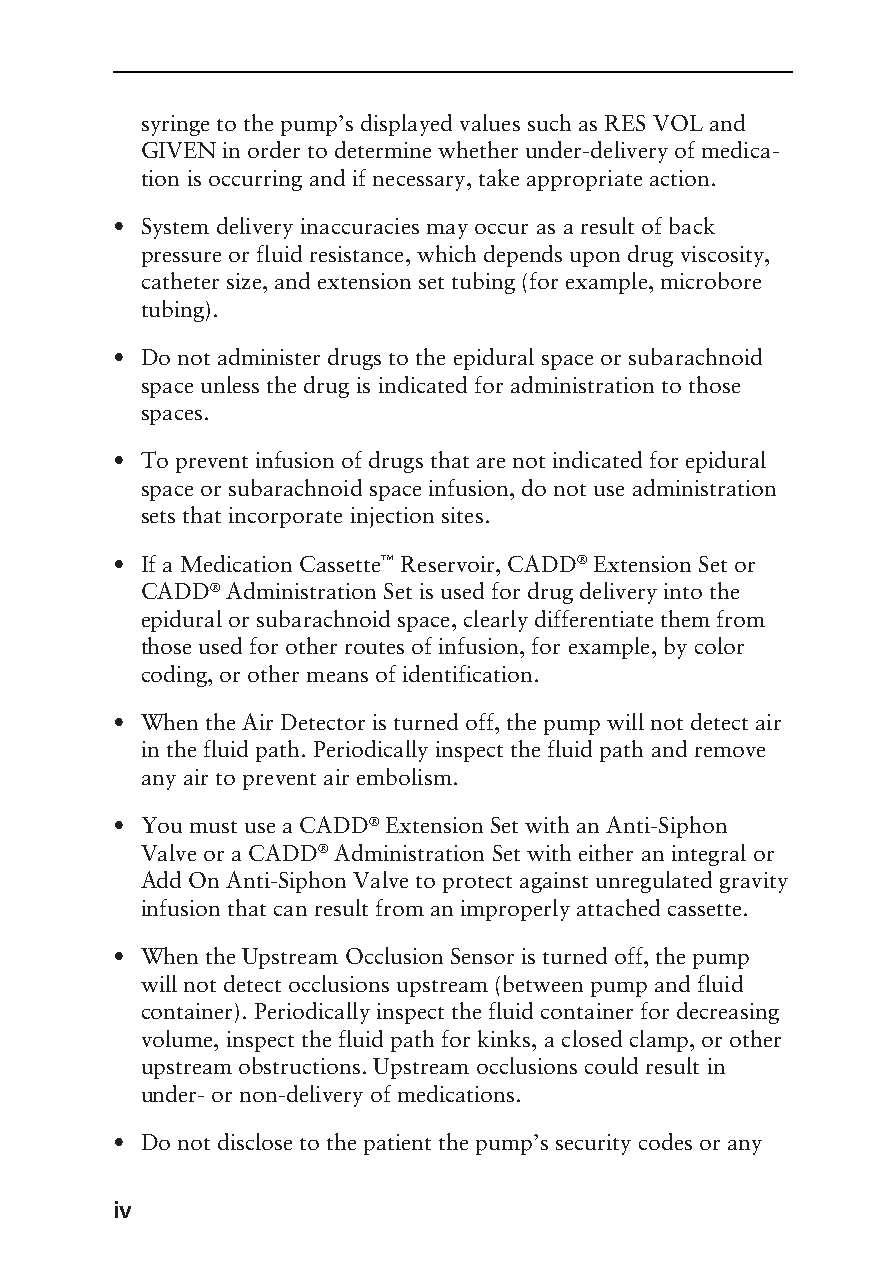
syringe to the pump’s displayed values such as RES VOL and
 GIVEN in order to determine whether under-delivery of medica-
 tion is occurring and if necessary, take appropriate action.
 • System delivery inaccuracies may occur as a result of back
 pressure or fluid resistance, which depends upon drug viscosity,
 catheter size, and extension set tubing (for example, microbore
 tubing).
 • Do not administer drugs to the epidural space or subarachnoid
 space unless the drug is indicated for administration to those
 spaces.
 • To prevent infusion of drugs that are not indicated for epidural
 space or subarachnoid space infusion, do not use administration
 sets that incorporate injection sites.
 • If a Medication Cassette™ Reservoir, CADD® Extension Set or
 CADD® Administration Set is used for drug delivery into the
 epidural or subarachnoid space, clearly differentiate them from
 those used for other routes of infusion, for example, by color
 coding, or other means of identification.
 • When the Air Detector is turned off, the pump will not detect air
 in the fluid path. Periodically inspect the fluid path and remove
 any air to prevent air embolism.
 • You must use a CADD® Extension Set with an Anti-Siphon
 Valve or a CADD® Administration Set with either an integral or
 Add On Anti-Siphon Valve to protect against unregulated gravity
 infusion that can result from an improperly attached cassette.
 • When the Upstream Occlusion Sensor is turned off, the pump
 will not detect occlusions upstream (between pump and fluid
 container). Periodically inspect the fluid container for decreasing
 volume, inspect the fluid path for kinks, a closed clamp, or other
 upstream obstructions. Upstream occlusions could result in
 under- or non-delivery of medications.
 • Do not disclose to the patient the pump’s security codes or any
 iv
 PROOF (LR #3086), 2000-03-16 «3935-51D Cover, Legacy 1»